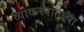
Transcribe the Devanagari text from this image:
व्याकरनातल्या